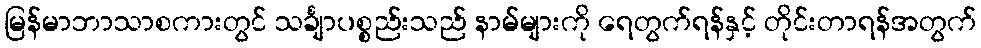
မြန်မာဘာသာစကားတွင် သင်္ချာပစ္စည်းသည် နာမ်များကို ရေတွက်ရန်နှင့် တိုင်းတာရန်အတွက်